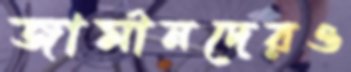
জার্মানদেরও